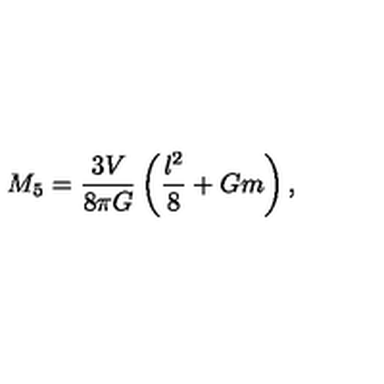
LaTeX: M _ { 5 } = \frac { 3 V } { 8 \pi G } \left( \frac { l ^ { 2 } } { 8 } + G m \right) ,